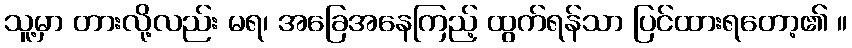
သူ့မှာ တားလို့လည်း မရ၊ အခြေအနေကြည့် ထွက်ရန်သာ ပြင်ထားရတော့၏ ။